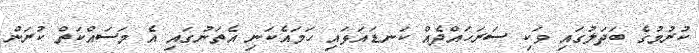
ކުރުމުގެ ބަދަލުގައި ވަކި ސަރަހައްދެއް ކަނޑައަޅައި ހަމައެކަނި އެތަނުގައި އެ މަސައްކަތް ކުރަން